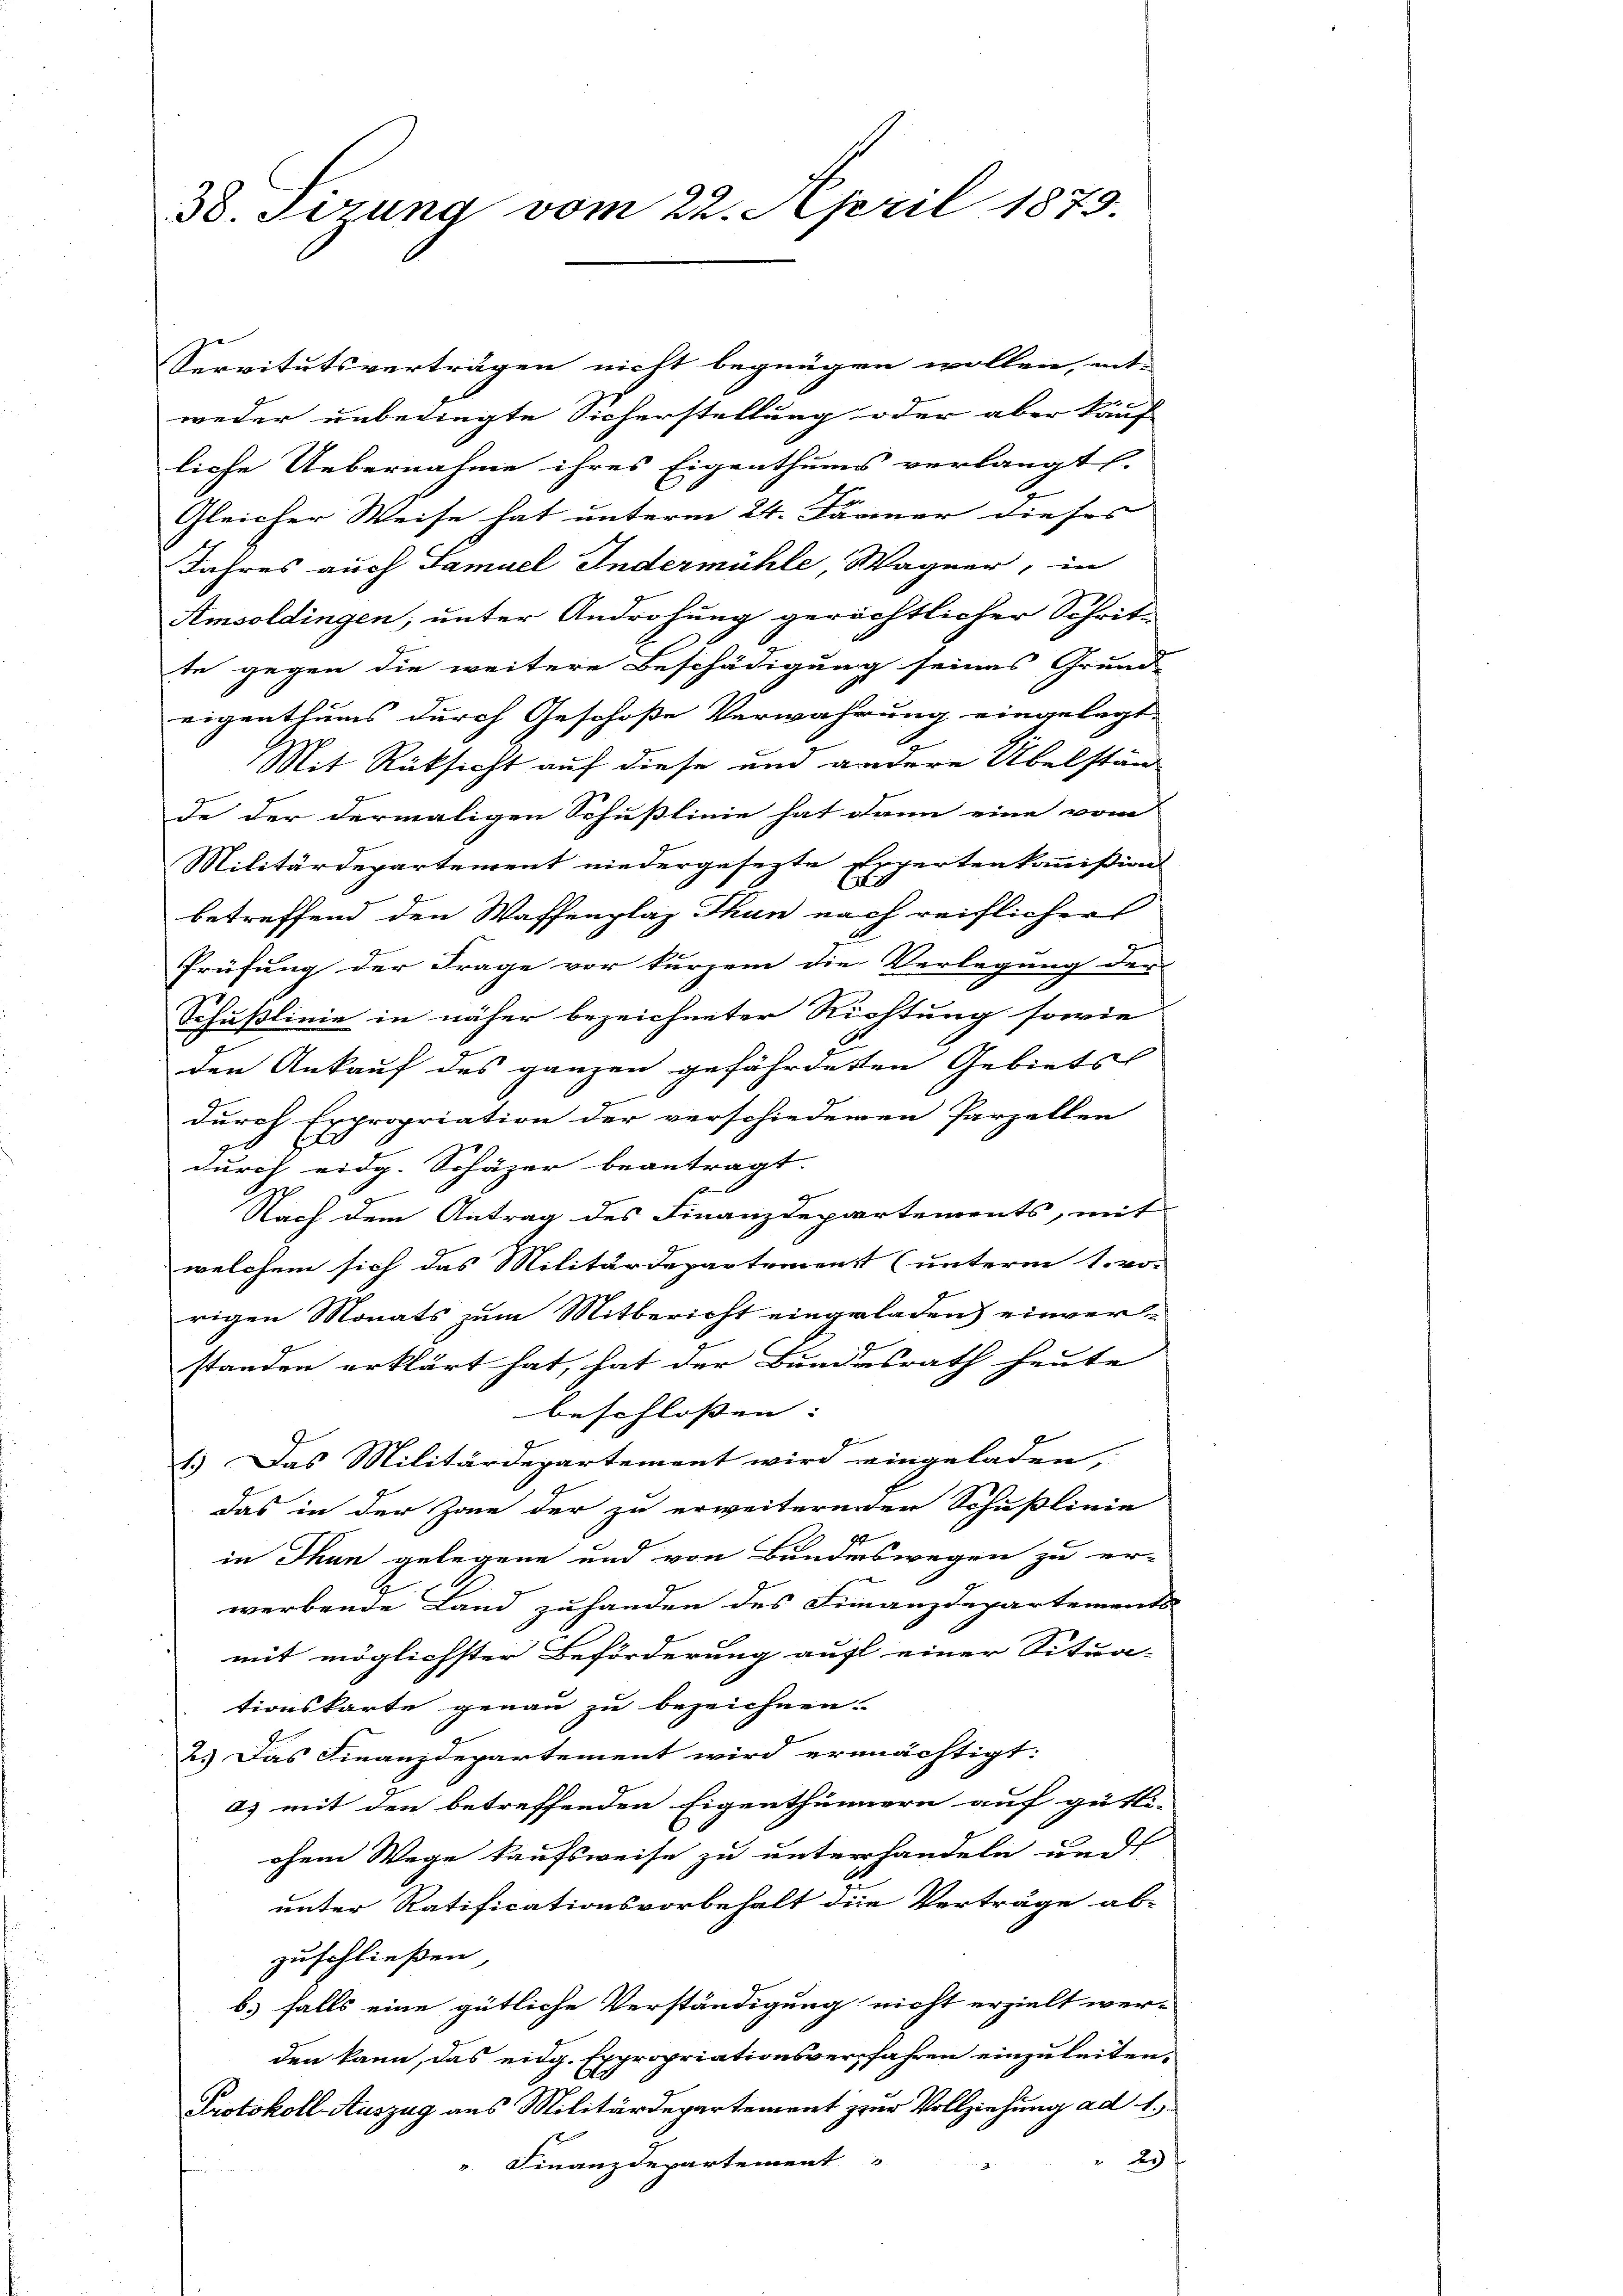
38. Sizung vom 22. April 1879.

Servitutsverträgen nicht begnügen wollen, ent-
weder unbedingte Sicherstellung oder aber kauf
liche Uebernahme ihres Eigenthums verlangt (
Gleicher Weise hat unterm 24. Jänner dieses |
Jahres auch Samuel Indermühle Wagner, in
Amsoldingen, unter Androhung gerichtlicher Schritte gegen die weitere Beschädigung seines Grund
eigenthums durch Geschoße Verwahrung eingelegt,
1
Mit Rücksicht auf diese und andere Übelstän
de der dermaligen Schußlinie hat dann eine vom
Militärdepartement niedergesezte Expertenkommißion
betreffend den Waffenplaz Thun nach reiflicher
A
Prüfung der Frage vor kurzem die Verlegung der
Schußlinie in näher bezeichneter Richtung sowie
den Ankauf des ganzen gefährdeten Gebiets
durch Expropriation der verschiedenen Parzellen
durch eidg. Schäzer beantragt. |
Nach dem Antrag des Finanzdepartements, mit
welchem sich das Militärdepartement (unterm 1. vo
rigen Monats zum Mitbericht eingeladen) einver-
standen erklärt hat, hat der Bundesrath heute
beschlossen: |
4
1.) Das Militärdepartement wird eingeladen,
das in der Zone der zu erweiternden Schußlinie
in Thun gelegene und von Bunderswegen zu er-
werbende Land zuhanden des Finanzdepartements
mit möglichster Beförderung auf einer Situa-
tionskarte genau zu bezeichnen.
2.) Das Finanzdepartement wird ermächtigt:
a) mit den betreffenden Eigenthümern auf gütli-
chnen Wege kaufsweise zu unterhandeln und
unter Ratificationsvorbehalt die Verträge ab-
zuschließen
b. falls eine gütliche Verständigung nicht erzielt wer-
den kann, das eidg. Expropriationsverfahren einzuleiten.
Protokoll Auszug aus Militärdepartement zur Vollziehung ad 1.
2.)
" Finanzdepartement